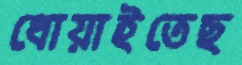
ধোয়াইতেছ